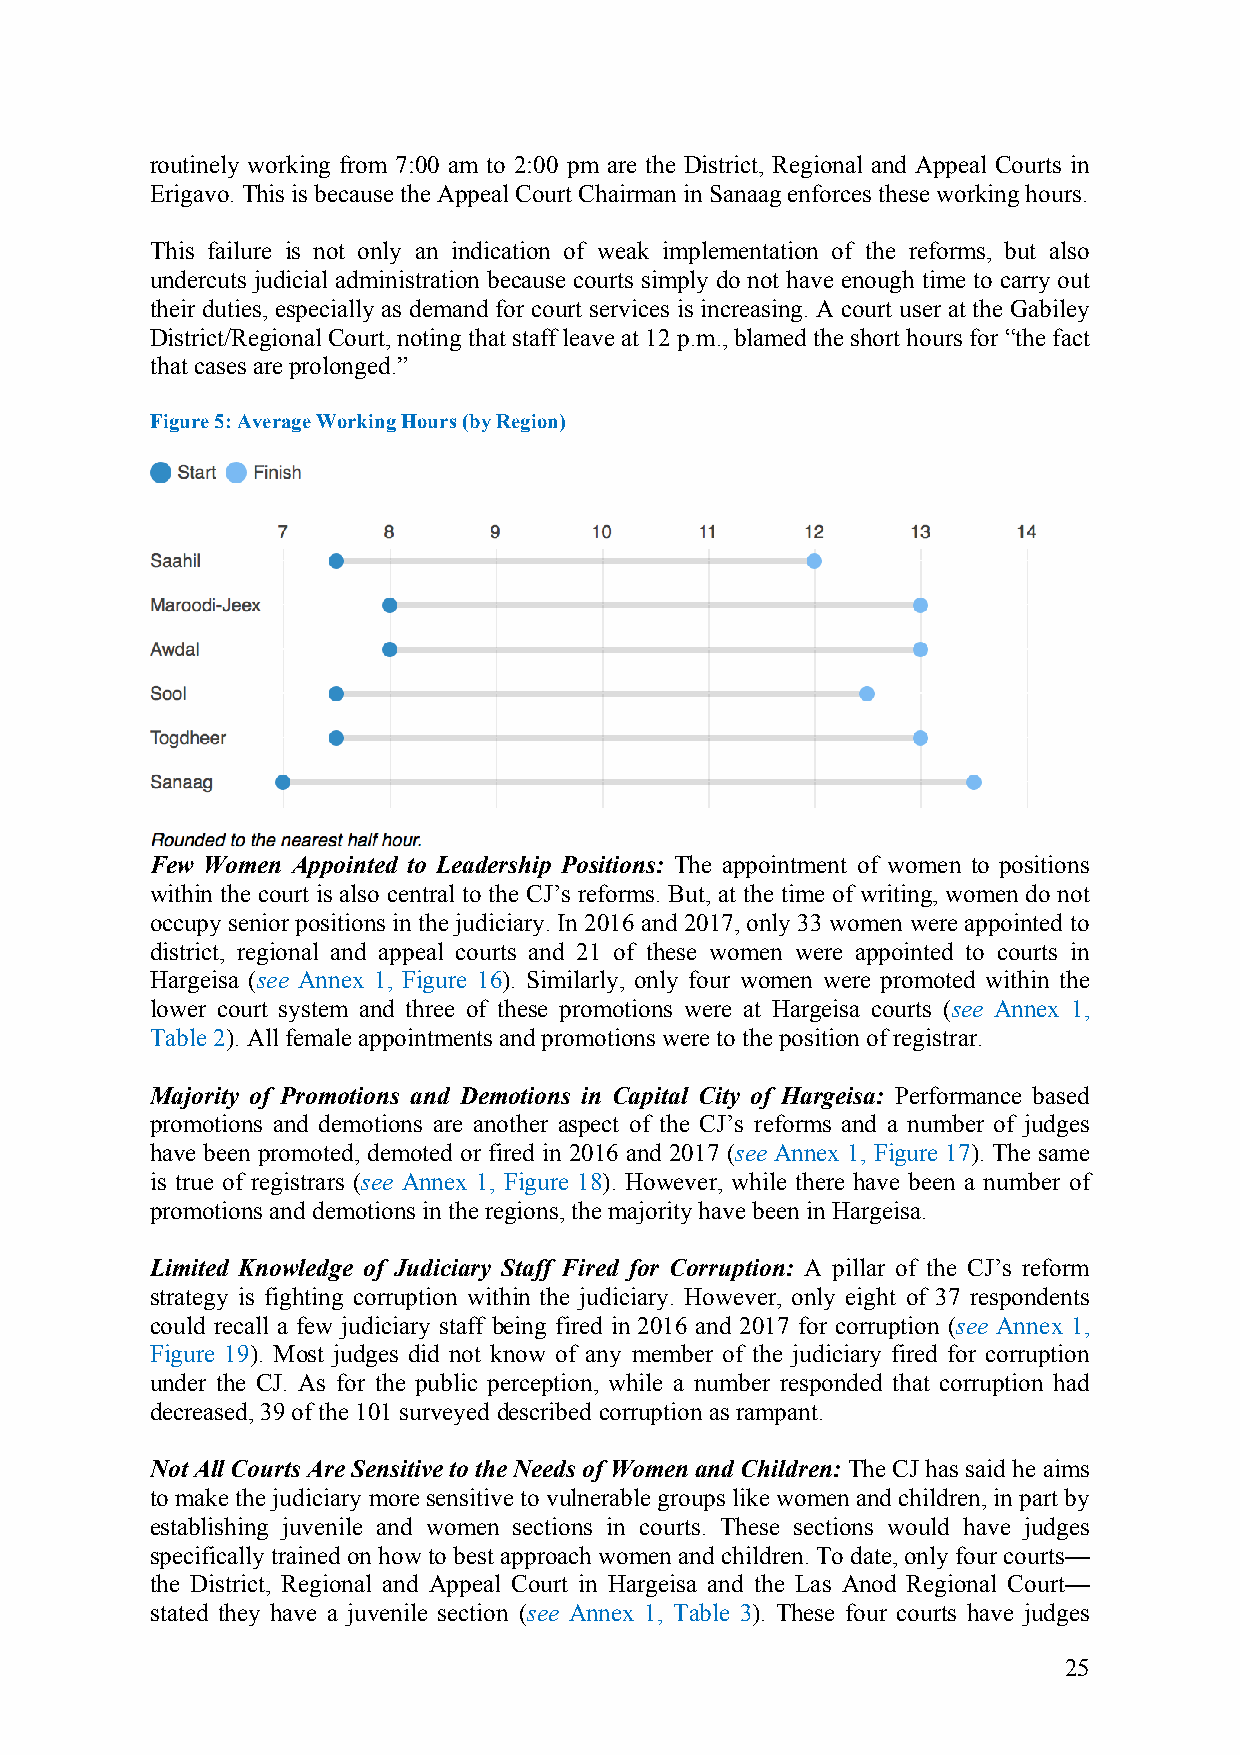
routinely working from 7:00 am to 2:00 pm are the District, Regional and Appeal Courts in
 Erigavo. This is because the Appeal Court Chairman in Sanaag enforces these working hours.
 This failure is not only an indication of weak implementation of the reforms, but also
 undercuts judicial administration because courts simply do not have enough time to carry out
 their duties, especially as demand for court services is increasing. A court user at the Gabiley
 District/Regional Court, noting that staff leave at 12 p.m., blamed the short hours for “the fact
 that cases are prolonged.”
 Figure 5: Average Working Hours (by Region)
 Few Women Appointed to Leadership Positions: The appointment of women to positions
 within the court is also central to the CJ’s reforms. But, at the time of writing, women do not
 occupy senior positions in the judiciary. In 2016 and 2017, only 33 women were appointed to
 district, regional and appeal courts and 21 of these women were appointed to courts in
 Hargeisa (see Annex 1, Figure 16). Similarly, only four women were promoted within the
 lower court system and three of these promotions were at Hargeisa courts (see Annex 1,
 Table 2). All female appointments and promotions were to the position of registrar.
 Majority of Promotions and Demotions in Capital City of Hargeisa: Performance based
 promotions and demotions are another aspect of the CJ’s reforms and a number of judges
 have been promoted, demoted or fired in 2016 and 2017 (see Annex 1, Figure 17). The same
 is true of registrars (see Annex 1, Figure 18). However, while there have been a number of
 promotions and demotions in the regions, the majority have been in Hargeisa.
 Limited Knowledge of Judiciary Staff Fired for Corruption: A pillar of the CJ’s reform
 strategy is fighting corruption within the judiciary. However, only eight of 37 respondents
 could recall a few judiciary staff being fired in 2016 and 2017 for corruption (see Annex 1,
 Figure 19). Most judges did not know of any member of the judiciary fired for corruption
 under the CJ. As for the public perception, while a number responded that corruption had
 decreased, 39 of the 101 surveyed described corruption as rampant.
 Not All Courts Are Sensitive to the Needs of Women and Children: The CJ has said he aims
 to make the judiciary more sensitive to vulnerable groups like women and children, in part by
 establishing juvenile and women sections in courts. These sections would have judges
 specifically trained on how to best approach women and children. To date, only four courts—
 the District, Regional and Appeal Court in Hargeisa and the Las Anod Regional Court—
 stated they have a juvenile section (see Annex 1, Table 3). These four courts have judges
 25